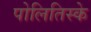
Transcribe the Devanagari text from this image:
पोलितिस्के